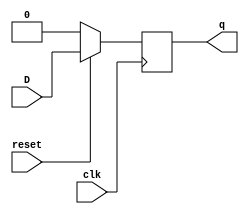
`timescale 1ns / 1ps

module Dff(input clk, reset, D, output reg q);

always@(posedge clk)
if(reset==0)
begin
    q <= 0;
    //qb <= 1;
end
else
begin
    q <= D;
    //qb <= ~D;
end
endmodule

module shift_reg(
    input clk, reset, in, output [3:0] q,qb
    );

Dff d0(clk, reset, q[1], q[0]);//, qb[0]);
Dff d1(clk, reset, q[2], q[1]);//, qb[1]);
Dff d2(clk, reset, q[3], q[2]);//, qb[2]);
Dff d3(clk, reset, in, q[3]);//, qb[3]);

endmodule

module shift_reg_tb;
reg clk, reset, in;
wire [3:0] q;//,qb;

shift_reg R1(clk, reset, in, q);//,qb);

integer i=0;
initial
begin 
clk =1;
reset = 0; #5
clk = 0; #5
clk=1;
reset =1;
in = 1;
for(i=0; i<10; i=i+1)
    #5 
    clk = ~clk;

$finish;
end
endmodule